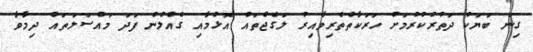
ގިނަ ބަޔަކު ދަތުރުކުރުމަށް ހަރަކާތްތެރިވާއިރު ލަގެޖްތައް އޮޅުމާއި ގެއްލުން ފަދަ މައްސަލަތައް ދިމާވާ